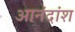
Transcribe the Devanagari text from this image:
आनंदांश